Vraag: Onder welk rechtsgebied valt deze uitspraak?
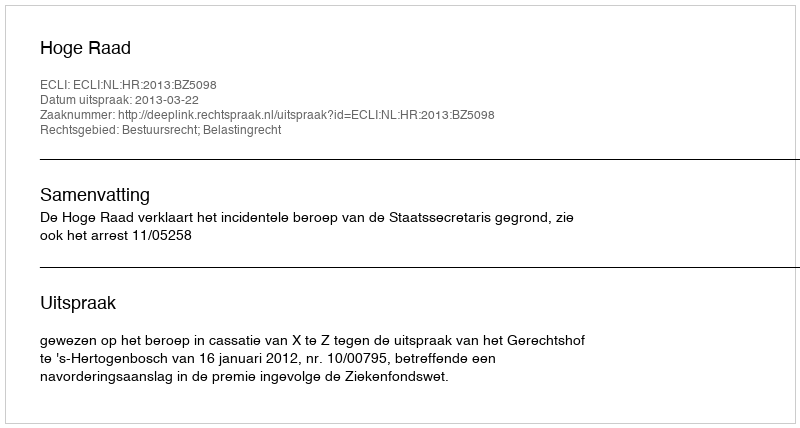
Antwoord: Bestuursrecht; Belastingrecht